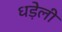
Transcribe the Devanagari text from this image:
धड़ेली